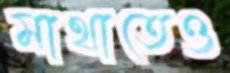
মাথাতেও